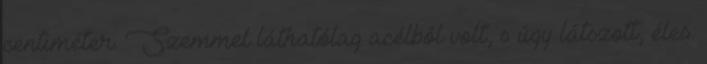
centiméter. Szemmel láthatólag acélból volt, s úgy látszott, éles.